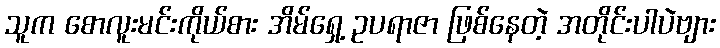
သူက စောလူးမင်းကိုယ်စား အိမ်ရှေ့ ဥပရာဇာ ဖြစ်နေတဲ့ အတိုင်းပါပဲဗျား